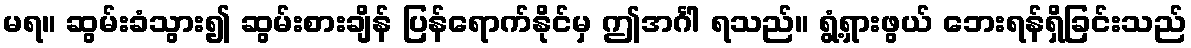
မရ။ ဆွမ်းခံသွား၍ ဆွမ်းစားချိန် ပြန်ရောက်နိုင်မှ ဤအင်္ဂါ ရသည်။ ရွံ့ရှားဖွယ် ဘေးရန်ရှိခြင်းသည်